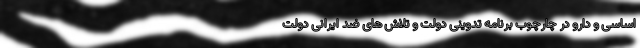
اساسی و دارو در چارچوب برنامه تدوینی دولت و تلاش های ضد ایرانی دولت